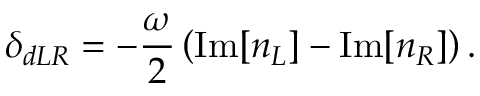
\delta _ { d L R } = - \frac { \omega } { 2 } \left( \mathrm { I m } [ n _ { L } ] - \mathrm { I m } [ n _ { R } ] \right) .